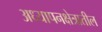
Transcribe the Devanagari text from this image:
अध्यापनक्षेत्रातील